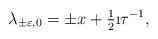
LaTeX: \begin{align*}\lambda_{\pm\varepsilon,0} = \pm x+\tfrac12 \i\tau^{-1},\end{align*}